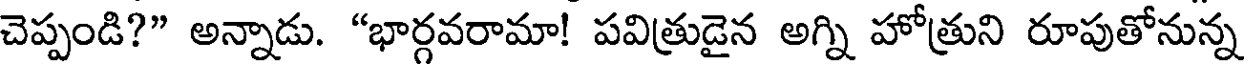
చెప్పండి?" అన్నాడు. "భార్గవరామా! పవిత్రుడైన అగ్ని హోత్రుని రూపుతోనున్న